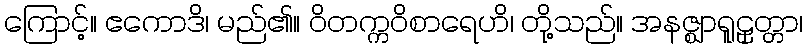
ကြောင့်။ ဧကောဒိ၊ မည်၏။ ဝိတက္ကဝိစာရေဟိ၊ တို့သည်။ အနဇ္ဈာရူဠှတ္တာ၊